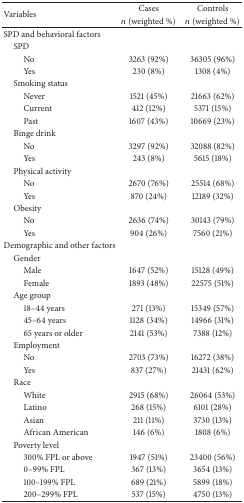
| <ROWSPAN=2> Variables | Cases | Controls |
 | n (weighted %) | n (weighted %) |
 | --- | --- | --- |
 | SPD and behavioral factors |  |  |
 | SPD |  |  |
 | No | 3263 (92%) | 36305 (96%) |
 | Yes | 230 (8%) | 1308 (4%) |
 | Smoking status |  |  |
 | Never | 1521 (45%) | 21663 (62%) |
 | Current | 412 (12%) | 5371 (15%) |
 | Past | 1607 (43%) | 10669 (23%) |
 | Binge drink |  |  |
 | No | 3297 (92%) | 32088 (82%) |
 | Yes | 243 (8%) | 5615 (18%) |
 | Physical activity |  |  |
 | No | 2670 (76%) | 25514 (68%) |
 | Yes | 870 (24%) | 12189 (32%) |
 | Obesity |  |  |
 | No | 2636 (74%) | 30143 (79%) |
 | Yes | 904 (26%) | 7560 (21%) |
 | Demographic and other factors |  |  |
 | Gender |  |  |
 | Male | 1647 (52%) | 15128 (49%) |
 | Female | 1893 (48%) | 22575 (51%) |
 | Age group |  |  |
 | 18–44 years | 271 (13%) | 15349 (57%) |
 | 45–64 years | 1128 (34%) | 14966 (31%) |
 | 65 years or older | 2141 (53%) | 7388 (12%) |
 | Employment |  |  |
 | No | 2703 (73%) | 16272 (38%) |
 | Yes | 837 (27%) | 21431 (62%) |
 | Race |  |  |
 | White | 2915 (68%) | 26064 (53%) |
 | Latino | 268 (15%) | 6101 (28%) |
 | Asian | 211 (11%) | 3730 (13%) |
 | African American | 146 (6%) | 1808 (6%) |
 | Poverty level |  |  |
 | 300% FPL or above | 1947 (51%) | 23400 (56%) |
 | 0–99% FPL | 367 (13%) | 3654 (13%) |
 | 100–199% FPL | 689 (21%) | 5899 (18%) |
 | 200–299% FPL | 537 (15%) | 4750 (13%) |